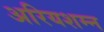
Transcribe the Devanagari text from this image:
अरियशम्न